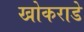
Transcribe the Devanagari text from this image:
खोकराडे